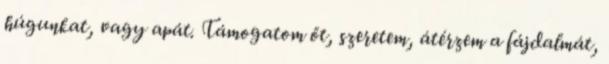
húgunkat, vagy apát. Támogatom őt, szeretem, átérzem a fájdalmát,